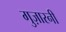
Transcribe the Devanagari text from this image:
गुज़ारनी